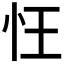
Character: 忹